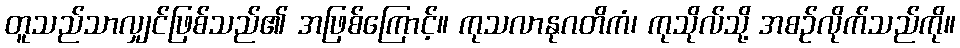
တူသည်သာလျှင်ဖြစ်သည်၏ အဖြစ်ကြောင့်။ ကုသလာနုဂတိကံ၊ ကုသိုလ်သို့ အစဉ်လိုက်သည်ကို။